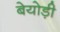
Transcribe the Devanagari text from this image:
बेयोड़ी